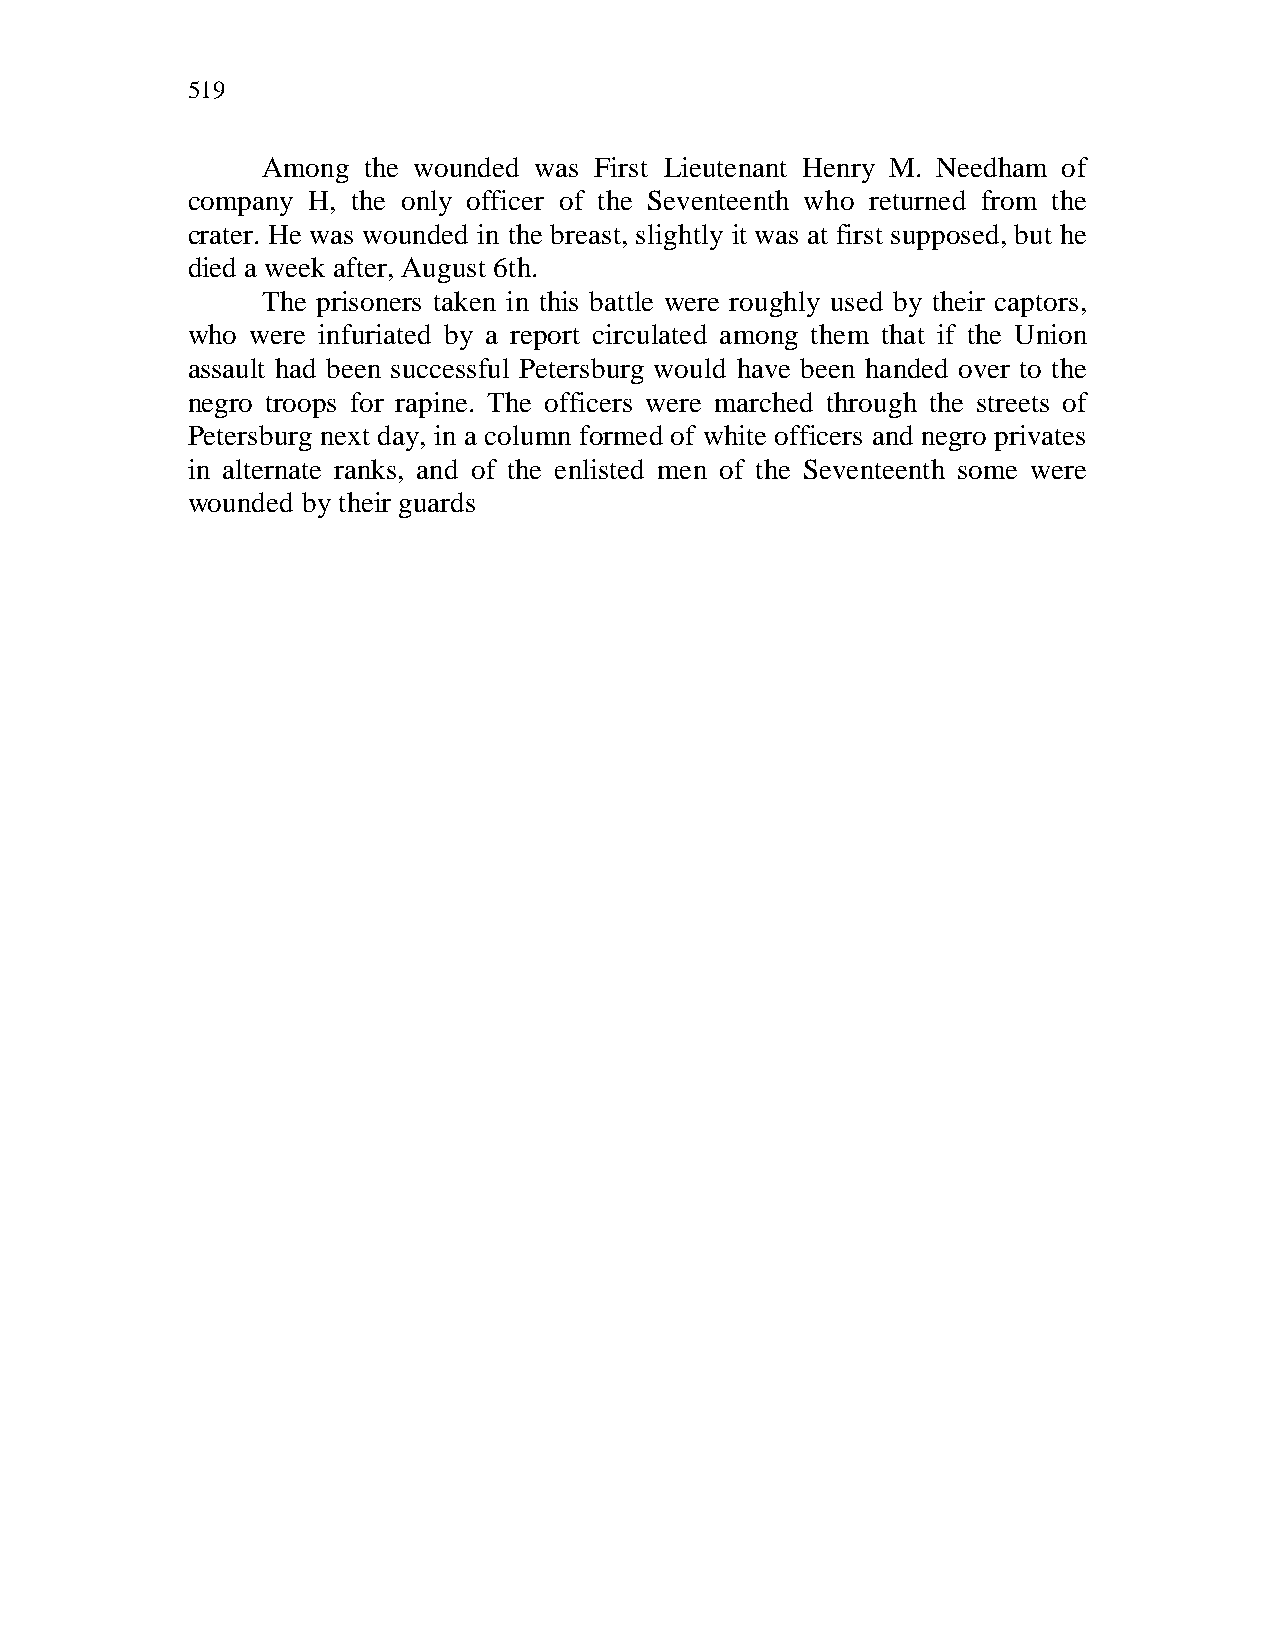
519
 Among  the wounded was First Lieutenant Henry M. Needham of
 company H, the only officer of the Seventeenth who returned from the
 crater. He was wounded in the breast, slightly it was at first supposed, but he
 died a week after, August 6th.
 The prisoners taken in this battle were roughly used by their captors,
 who  were infuriated by a report circulated among them that if the Union
 assault had been successful Petersburg would have been handed over to the
 negro troops for rapine. The officers were marched through the streets of
 Petersburg next day, in a column formed of white officers and negro privates
 in alternate ranks, and of the enlisted men of the Seventeenth some were
 wounded by their guards